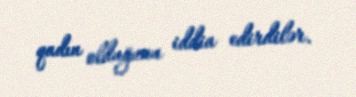
qadın olduğunu iddia edirdilər.